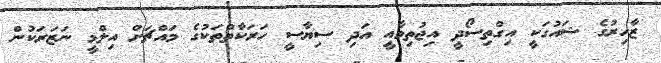
ޒާހިރުގެ ޝައުގަކީ އިގްތިސޯދީ އިޖުތިމާއީ އަދި ސިޔާސީ ހަރަކާތްތަކުގެ މައްޗަށް އިލްމީ ނަޒަރަކުން